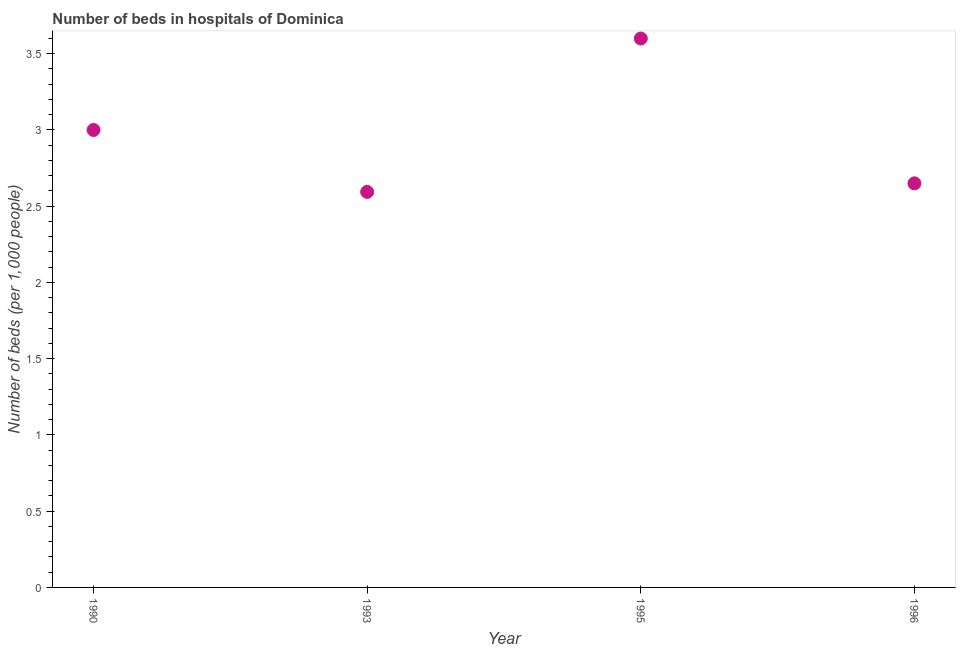
| Year | Hospital beds |
 | --- | --- |
 | 1990 | 3 |
 | 1993 | 2.59 |
 | 1995 | 3.6 |
 | 1996 | 2.65 |